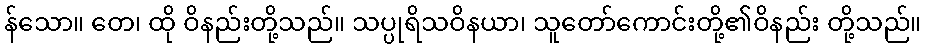
န်သော။ တေ၊ ထို ဝိနည်းတို့သည်။ သပ္ပုရိသဝိနယာ၊ သူတော်ကောင်းတို့၏ဝိနည်း တို့သည်။